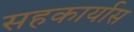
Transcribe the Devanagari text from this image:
सहकार्यास